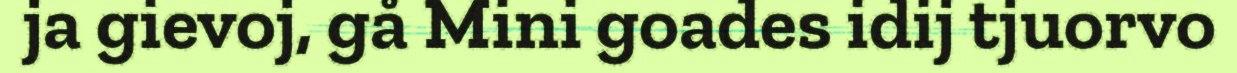
ja gievoj, gå Mini goades idij tjuorvo